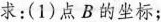
求：(1)点B的坐标；(2)cos∠BAO的值。图7-2-9